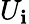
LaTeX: U_{\mathbf{i}}